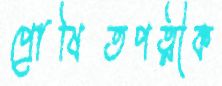
প্রোষিতপত্নীক